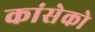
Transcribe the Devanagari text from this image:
कांसेको